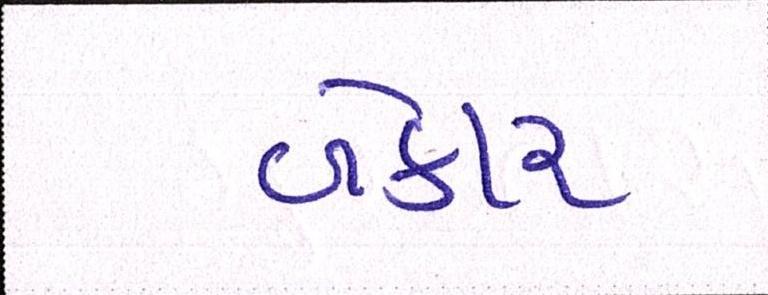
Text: બેકાર